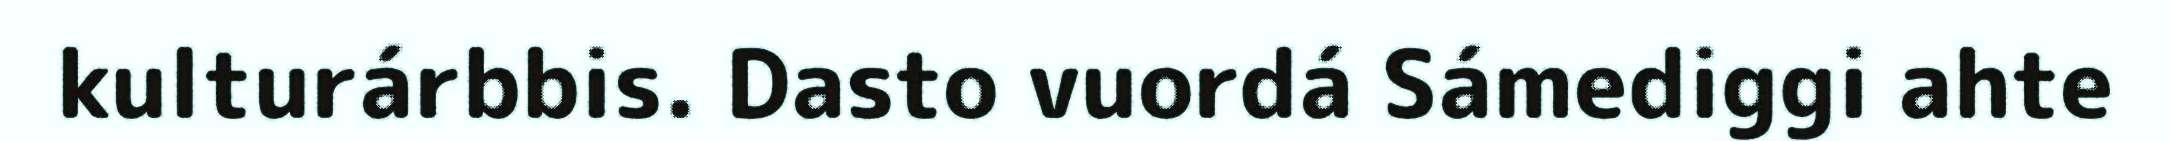
kulturárbbis. Dasto vuordá Sámediggi ahte